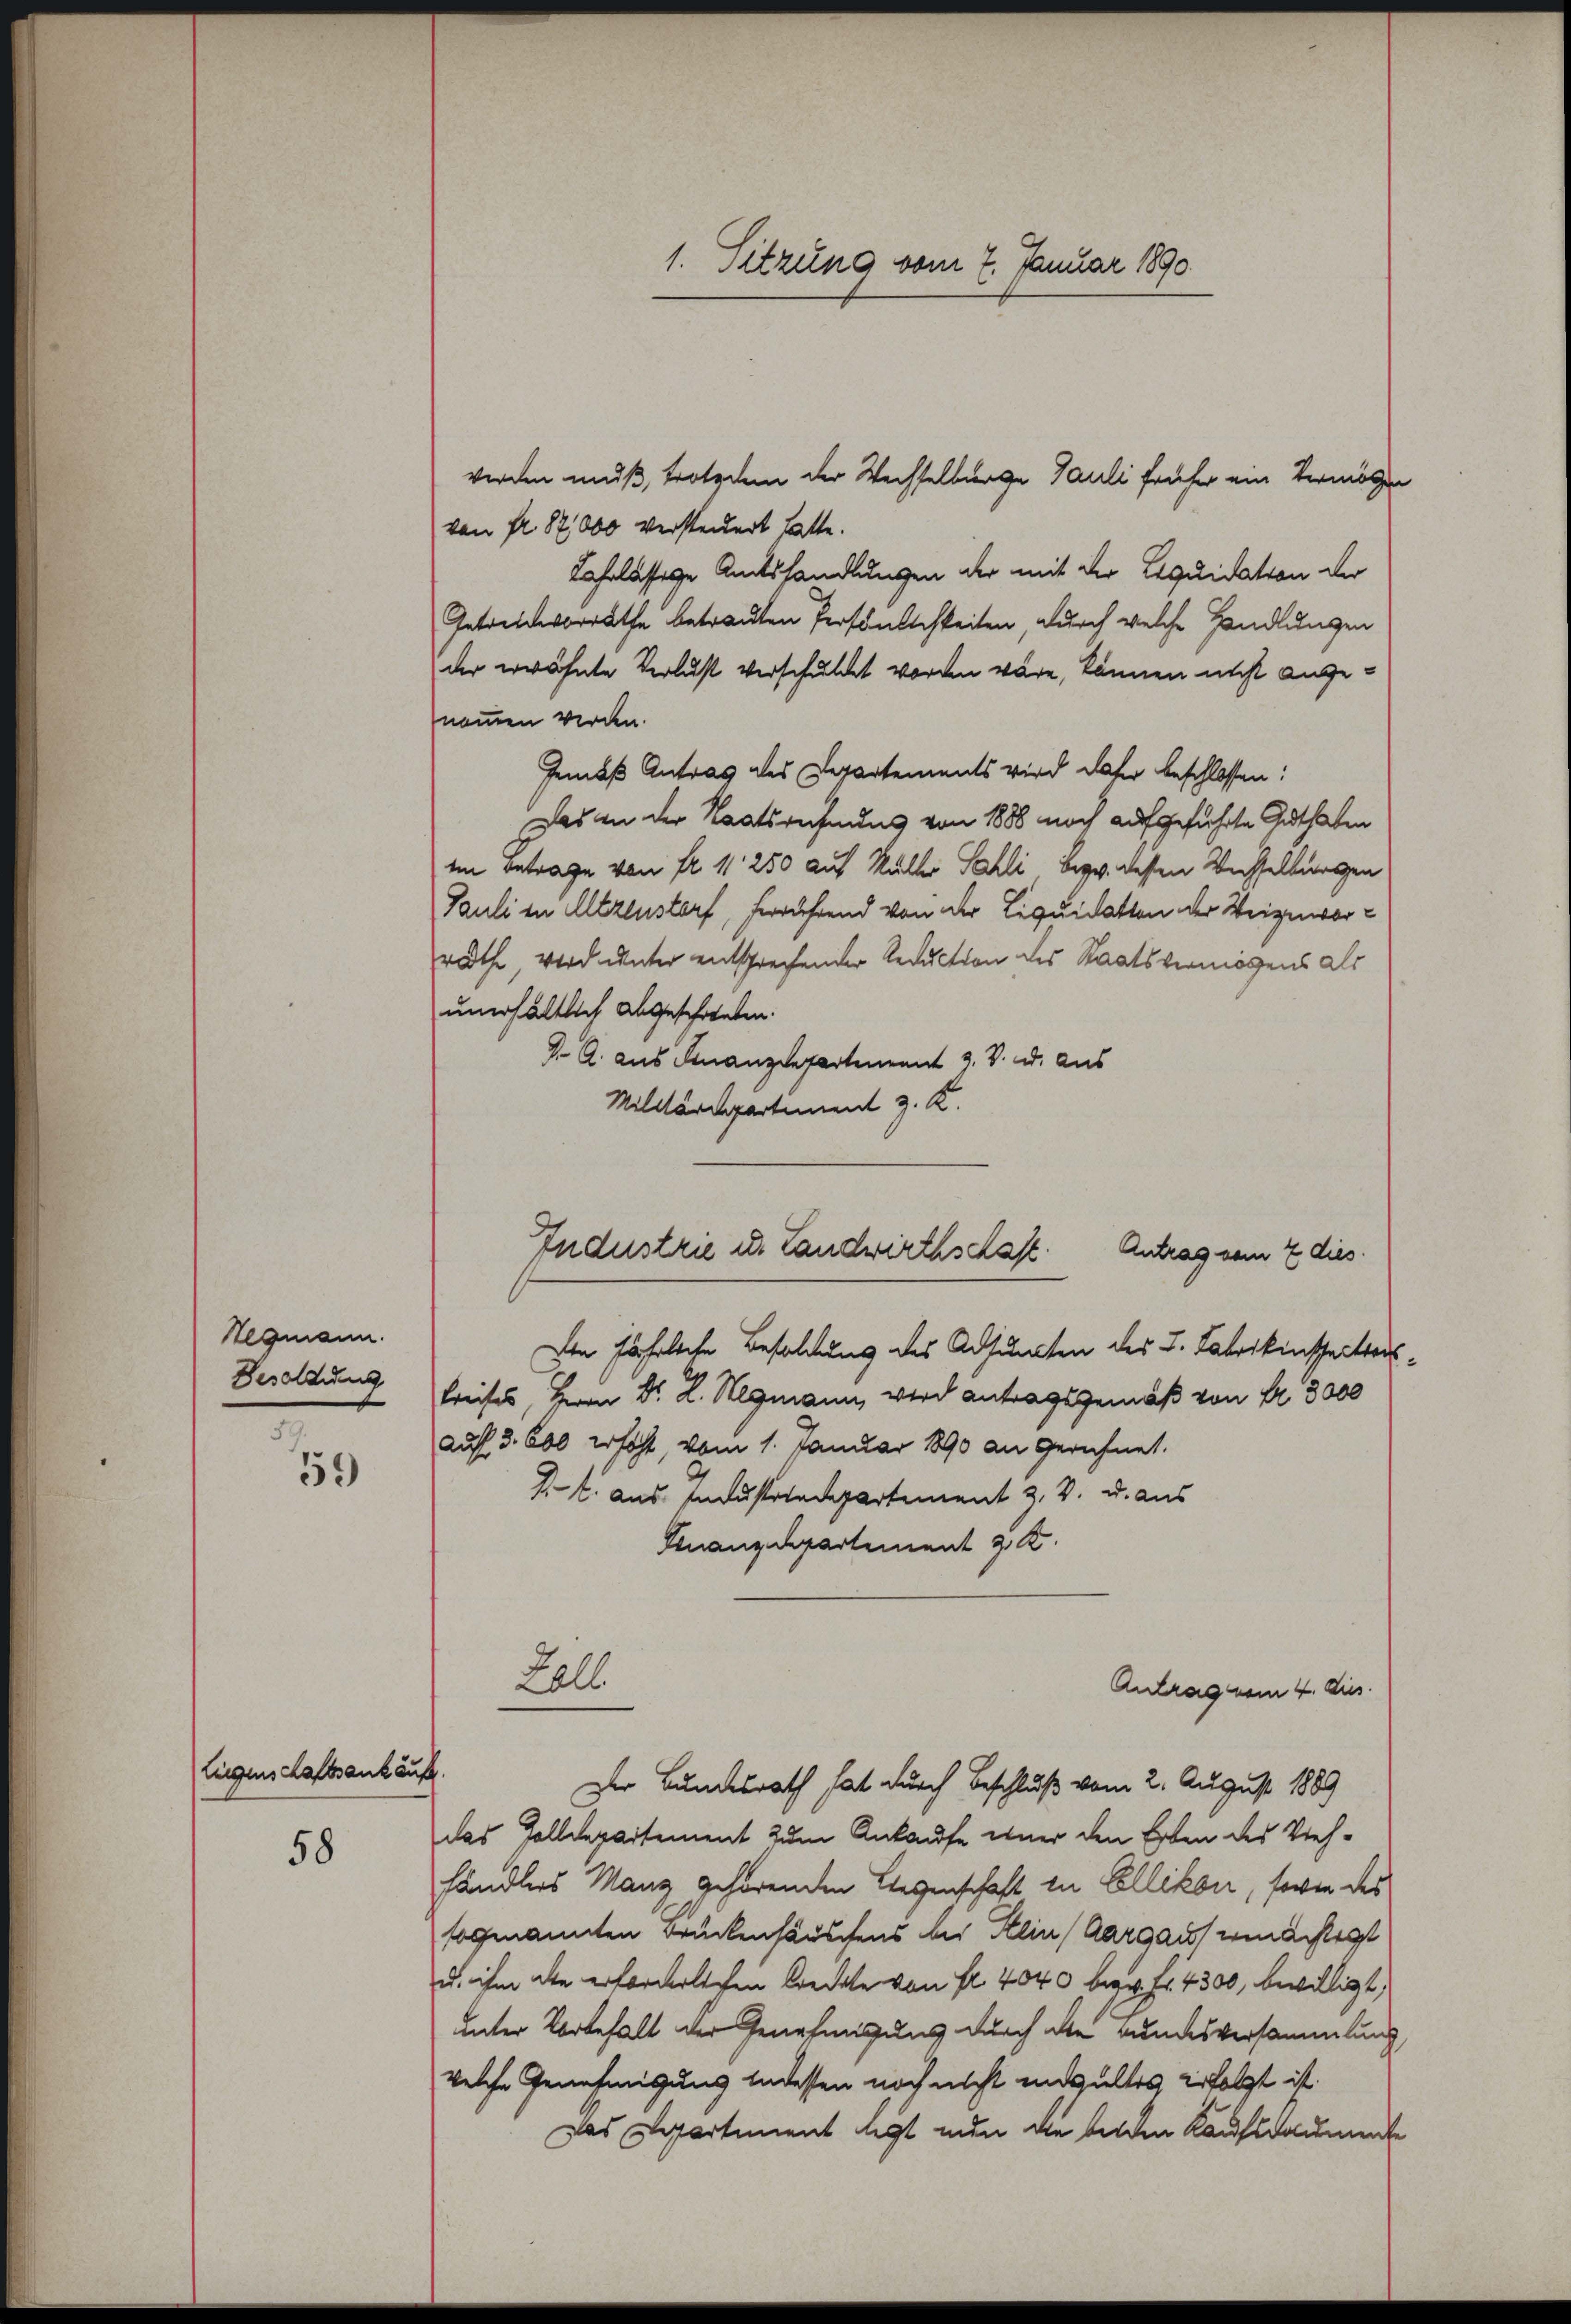
Hegmann.
Besoldung
59

59

Eigenschaftsankäufz.
58

1. Sitzung vom 7. Januar 1890

von fl. 87,000 versteuert hatte.
Lahrlässige Amtshandlungen der mit der Liquidation der
Getreidvorräthe betrauten Persönlichkeiten, durch welche Handlungen
der erwähnte Verlust verschuldet worden wäre, können nicht angenommen werden.
Gemäß Antrag des Departements wird daher beschlossen:
Das an der Staatsrechnung von 1888 noch aufgeführte Guthaben
Im Betrage von fr. 11 250 auf Müller Sahli bezw. dessen Wechseltungen
Pauli in Altzenstorf, ferrührend von der Liquidatten der Weigeworräthe, wird unter entsprechender Reduction des Staatsvermögens als
unerhältlich abgeschrieben.
J. A. aus Finanzdepartement J. V. u. aus
Militärdepartement z. K.
Den fährliche Besoldung des Adjuncten des L. Fabrikinsheitterskreises, Herrn Dr. L. Wegmann, wird antragsgemäß von Fr. 3000
auf 3. 600 erhöht, vom 1. Januar 1890 an gerichnet.
J.. aus Industrepartement z. B. u. aus
Finanzdepartement z. K.
Lall
Antrag vom 4. dies
Der Bundesrath hat durch Beschluß vom 2. August 1889
das Zolldepartement zum Ankaufe einer den Erben des Viehhändlers Manz gehörenden Liegenschaft in Ellikon, sowie des
sogenannten Brückensäuschens bei Selin (Aargau ermächtigt
u. ihm die erforderlichen Credete von fl. 4040 bezw. Fr. 4300, bewilligt,
unter Vorbehalt der Genehmigung durch alte Bundesversammlung,
velte Genehmigung indessen noch nicht eingultes erfolgt ist.
das Departement legt nun die beiden Kauflaumente

werden muß, trotzdem der Wechselberge Pauli früher ein Vermögen

Industrie u. Landwirthschaft.
Antrag vom 2 dies